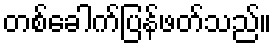
တစ်ခေါက်ပြန်ဖတ်သည်။